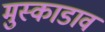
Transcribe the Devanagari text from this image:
मुस्काडावं